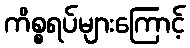
ကိစ္စရပ်များကြောင့်